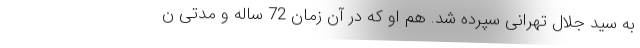
به سید جلال تهرانی سپرده شد. هم او که در آن زمان 72 ساله و مدتی ن